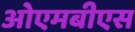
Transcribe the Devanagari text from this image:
ओएमबीएस